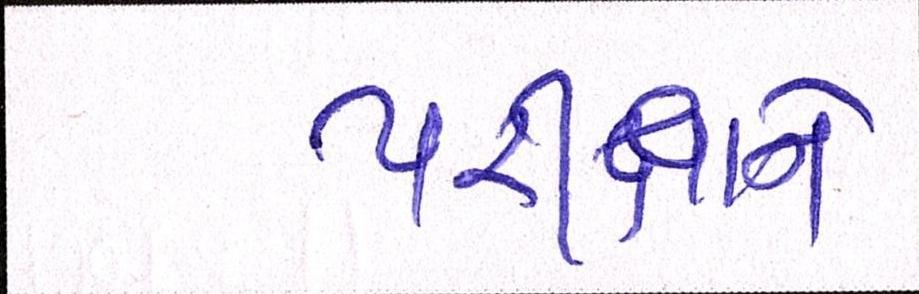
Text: પરીક્ષાને